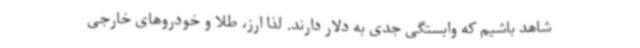
شاهد باشیم که وابستگی جدی به دلار دارند. لذا ارز، طلا و خودروهای خارجی